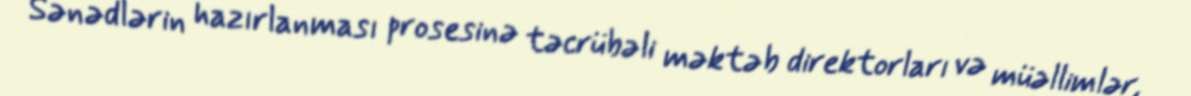
Sənədlərin hazırlanması prosesinə təcrübəli məktəb direktorları və müəllimlər,